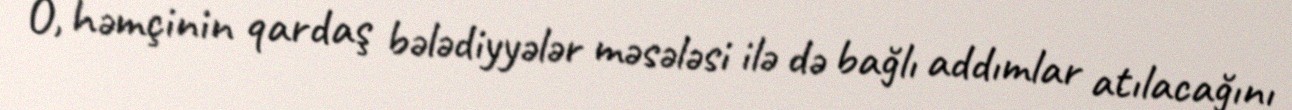
O, həmçinin qardaş bələdiyyələr məsələsi ilə də bağlı addımlar atılacağını